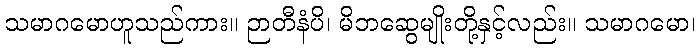
သမာဂမောဟူသည်ကား။ ဉာတီနံပိ၊ မိဘဆွေမျိုးတို့နှင့်လည်း။ သမာဂမော၊